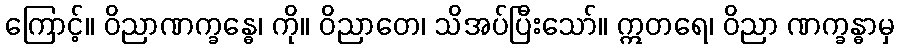
ကြောင့်။ ဝိညာဏက္ခန္ဓေ၊ ကို။ ဝိညာတေ၊ သိအပ်ပြီးသော်။ ဣတရေ၊ ဝိညာ ဏက္ခန္ဓာမှ